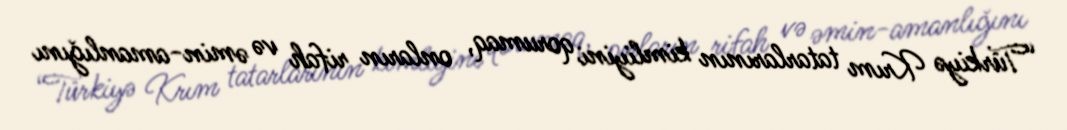
“Türkiyə Krım tatarlarının kimliyini qorumaq, onların rifah və əmin-amanlığını